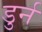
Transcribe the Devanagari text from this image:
डुर्न